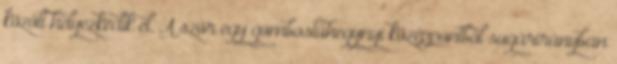
között helyezkedik el. A szőr egy gombostűhegynyi középpontból sugárirányban